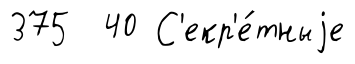
375 40 С'екр'е́тныjе